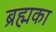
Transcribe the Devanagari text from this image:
ब्रह्मका